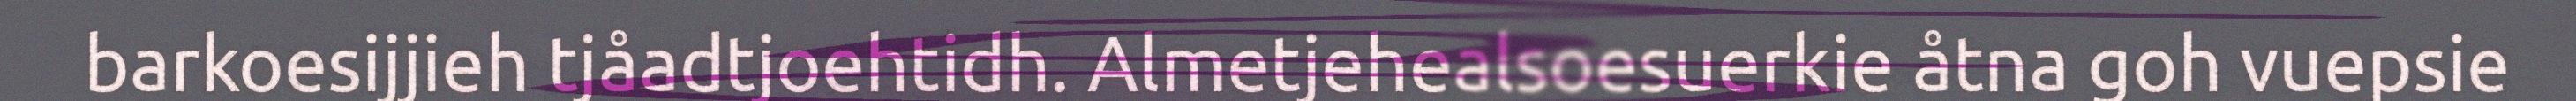
barkoesijjieh tjåadtjoehtidh. Almetjehealsoesuerkie åtna goh vuepsie